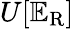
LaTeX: U[\mathbb{E}_{\mathrm{{R}}}]